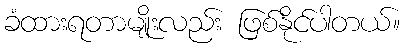
ခံထားရတာမျိုးလည်း ဖြစ်နိုင်ပါတယ်။